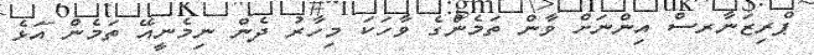
ޕްރިޒަނާރސް އިންނަށް ވާން ތަމެންގެ ވާހަކަ މިހާރު ދެން ނިމެނީއޭ ތަމެން އަޅެ